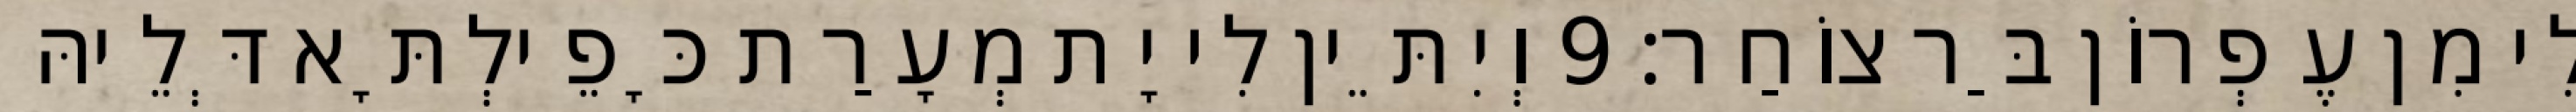
לִי מִן עֶפְרוֹן בַּר צוֹחַר׃ 9 וְיִתֵּין לִי יָת מְעָרַת כָּפֵילְתָּא דְּלֵיהּ